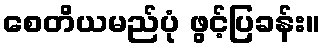
စေတိယမည်ပုံ ဖွင့်ပြခန်း။